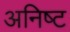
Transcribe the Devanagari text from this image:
अनिष्‍ट